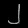
Digit: ၂